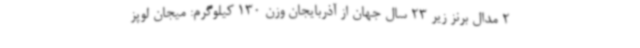
2 مدال برنز زیر 23 سال جهان از آذربایجان وزن 130 کیلوگرم: میجان لوپز